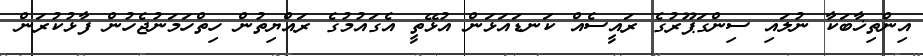
އިންތިޚާބަކާ ނުލައި ސިންގަޕޫރުގެ ރައީސެއް ކަނޑައަޅަން އުޅޭތީ އެގައުމުގެ ރައްޔިތުން ހިތްހަމަނުޖެހުން ފާޅުކުރަން